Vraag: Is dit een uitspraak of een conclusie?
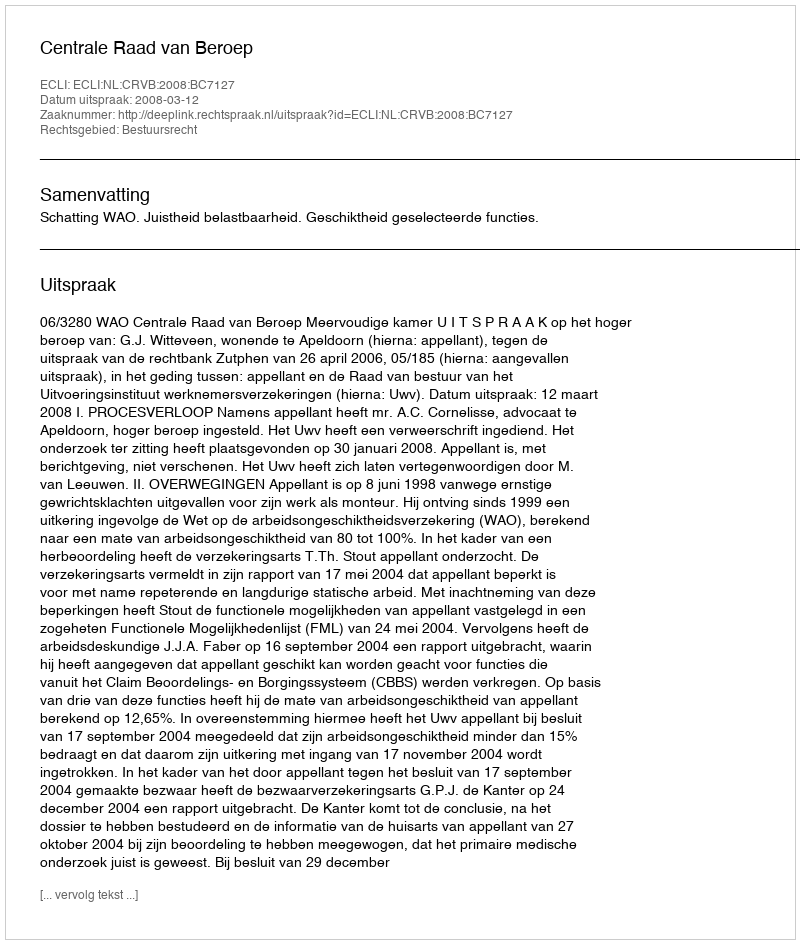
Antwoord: Uitspraak